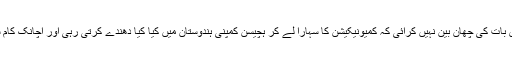
حکومت ہند نے کبھی اس بات کی چھان بین نہیں کرائی کہ کمیونیکیشن کا سہارا لے کر ہچیسن کمپنی ہندوستان میں کیا کیا دھندے کرتی رہی اور اچانک کام سمیٹ کر کیوں چلی گئی۔